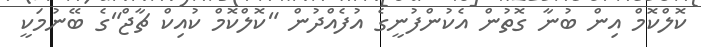
ކޮލްކޮމް އިން ބުނާ ގޮތުން އެކުންފުނީގެ އުފެއްދުން "ކޮލްކޮމް ކުއިކް ޗާޖް"ގެ ބޭނުމަކީ